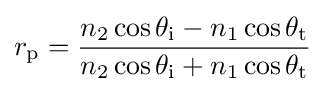
r_{\text{p}}={\frac {n_{2}\cos \theta _{\text{i}}-n_{1}\cos \theta _{\text{t}}}{n_{2}\cos \theta _{\text{i}}+n_{1}\cos \theta _{\text{t}}}}